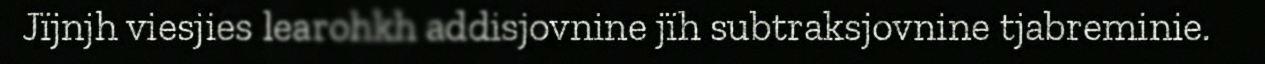
Jïjnjh viesjies learohkh addisjovnine jïh subtraksjovnine tjabreminie.